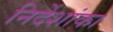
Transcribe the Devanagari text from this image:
निर्देशांका